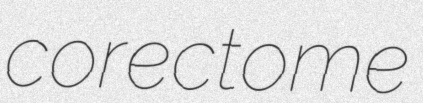
corectome